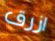
ازرق